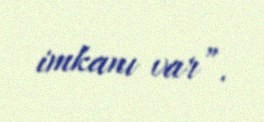
imkanı var”.